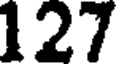
127